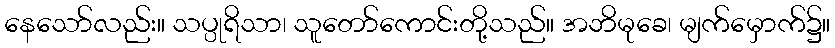
နေသော်လည်း။ သပ္ပုရိသာ၊ သူတော်ကောင်းတို့သည်။ အဘိမုခေ၊ မျက်မှောက်၌။